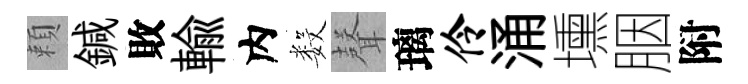
頼鍼敗輸内数𮋻璃伶涌壎胭附